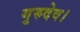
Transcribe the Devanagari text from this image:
गुरुदेव।